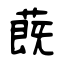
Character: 蔇